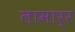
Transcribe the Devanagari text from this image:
लामार्र